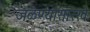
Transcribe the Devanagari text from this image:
जळण्यासारखे